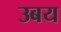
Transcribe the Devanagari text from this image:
उबय